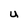
Character: U